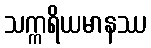
သက္ကရိယမာနဿ